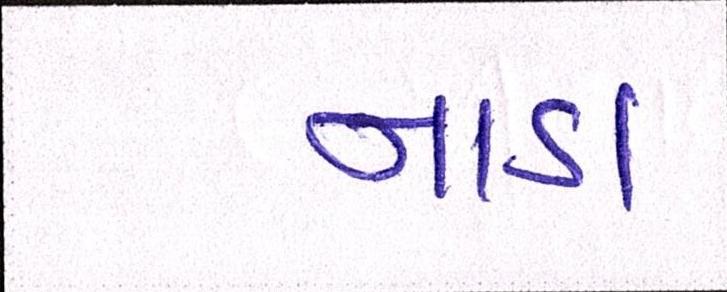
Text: નાડા